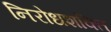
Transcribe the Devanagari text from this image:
निरोधशक्ति